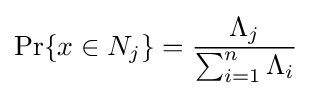
\Pr\{x\in N_{j}\}={\frac {\Lambda _{j}}{\sum _{i=1}^{n}\Lambda _{i}}}